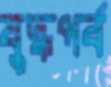
যুদ্ধপর্ব